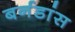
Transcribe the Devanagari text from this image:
बर्नडांस